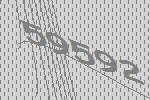
59592